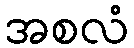
အစလံ